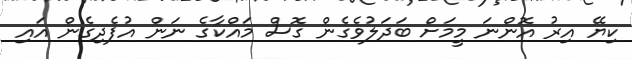
ކިޔޭ އިރު އޮންނަ މީމަށް ބަދަލުވެގެން ގޮސް މައްކާގެ ނަން އުފެދިގެން އައި